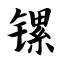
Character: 镙